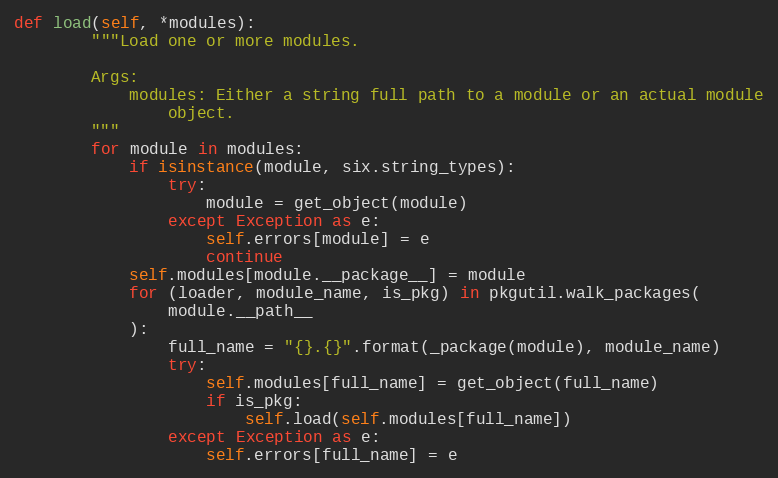
Language: Python
def load(self, *modules):
        """Load one or more modules.

        Args:
            modules: Either a string full path to a module or an actual module
                object.
        """
        for module in modules:
            if isinstance(module, six.string_types):
                try:
                    module = get_object(module)
                except Exception as e:
                    self.errors[module] = e
                    continue
            self.modules[module.__package__] = module
            for (loader, module_name, is_pkg) in pkgutil.walk_packages(
                module.__path__
            ):
                full_name = "{}.{}".format(_package(module), module_name)
                try:
                    self.modules[full_name] = get_object(full_name)
                    if is_pkg:
                        self.load(self.modules[full_name])
                except Exception as e:
                    self.errors[full_name] = e